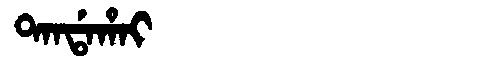
Manchu: ᡨᠠᠨᡩᠠᡥᠠᡳ
Romanization: TANDAHAI